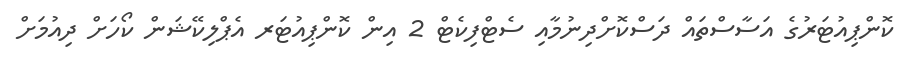
ކޮންޕިއުޓަރުގެ އަސާސްތައް ދަސްކޮށްދިނުމާއި ސެޓްފިކެޓް 2 އިން ކޮންޕިއުޓަރ އެޕްލިކޭޝަން ކޯހަށް ދިއުމަށް